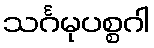
သင်္ဂမုပစ္စဂါ